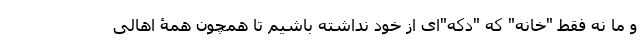
و ما نه فقط "خانه" که "دکه"ای از خود نداشته باشیم تا همچون همۀ اهالی